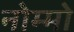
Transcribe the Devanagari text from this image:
नोम्मो